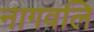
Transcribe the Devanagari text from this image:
नागवलि